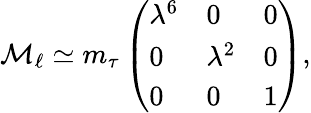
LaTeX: \mathcal{M}_{\ell}\simeq m_{\tau}\left(\begin{array}{lll}{{\lambda^{6}}}&{{0}}&{{0}}\\ {{0}}&{{\lambda^{2}}}&{{0}}\\ {{0}}&{{0}}&{{1}}\end{array}\right),